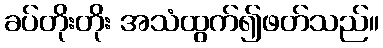
ခပ်တိုးတိုး အသံထွက်၍ဖတ်သည်။